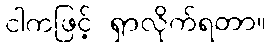
ငါကဖြင့် ရှာလိုက်ရတာ။